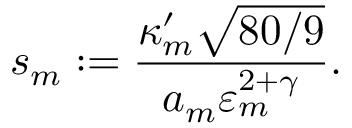
s _ { m } : = \frac { \kappa _ { m } ^ { \prime } \sqrt { 8 0 / 9 } } { a _ { m } \varepsilon _ { m } ^ { 2 + \gamma } } .